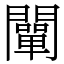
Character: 闡